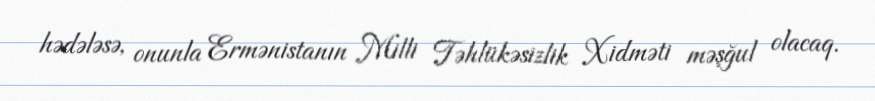
hədələsə, onunla Ermənistanın Milli Təhlükəsizlik Xidməti məşğul olacaq.